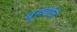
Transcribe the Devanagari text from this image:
बृहदांत